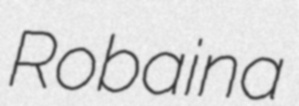
Robaina